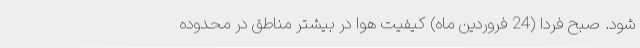
شود. صبح فردا (24 فروردین ماه) کیفیت هوا در بیشتر مناطق در محدوده